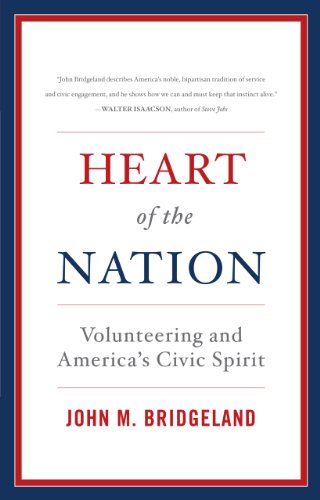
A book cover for Heart of the Nation: Volunteering and America's Civic Spirit; John M. Bridgeland; Reference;